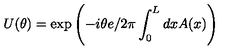
U ( \theta ) = \exp \left( - i \theta { e } / { 2 \pi } \int _ { 0 } ^ { L } d x A ( x ) \right)